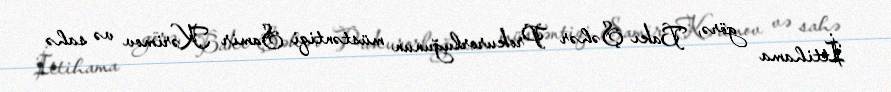
İttihama görə, Bakı Şəhər Prokurorluğunun müstəntiqi Samir Kərimov və sahə